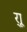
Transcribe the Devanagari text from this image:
र्‍ाू